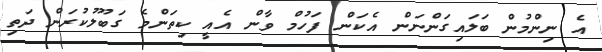
އެ ނިންމުން ބަލައިގަންނަން އެކަން ފަހުމް ވާން އެއީ ކިތަންމެ ގަބޫލުކުރަން ދަތި